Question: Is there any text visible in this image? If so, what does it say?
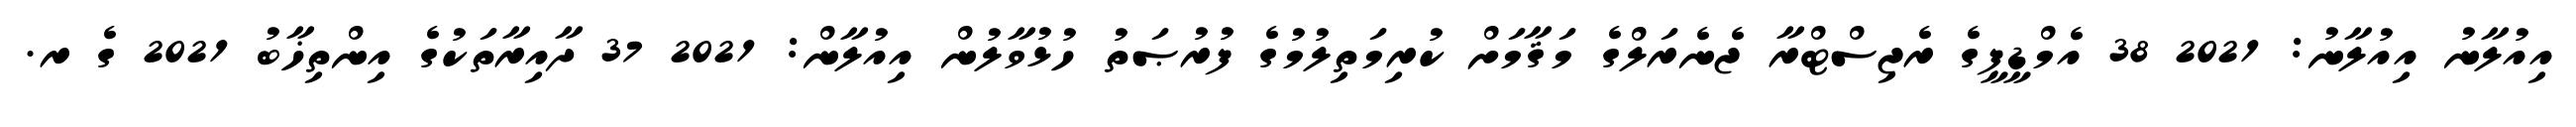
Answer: އިއުލާނު އިއުލާނު: 2021 38 އެމްޑީޕީގެ ރެޖިސްޓްރާ ޖެނެރަލްގެ މަޤާމަށް ކުރިމަތިލުމުގެ ފުރުޞަތު ހުޅުވާލުން އިއުލާން: 2021 37 ދާއިރާތަކުގެ އިންތިޚާބު 2021 ގެ ރ.